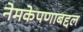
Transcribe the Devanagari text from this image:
नेमकेपणाबद्दल